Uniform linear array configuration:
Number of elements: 16
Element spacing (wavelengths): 1
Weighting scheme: cosine
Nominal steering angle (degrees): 45
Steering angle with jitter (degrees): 46.396
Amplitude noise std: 0.05
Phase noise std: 0.05

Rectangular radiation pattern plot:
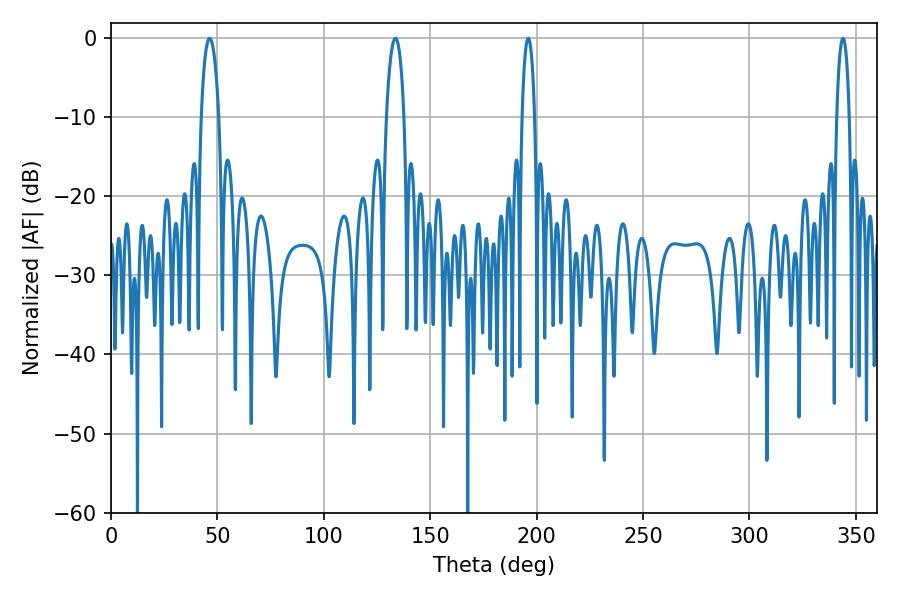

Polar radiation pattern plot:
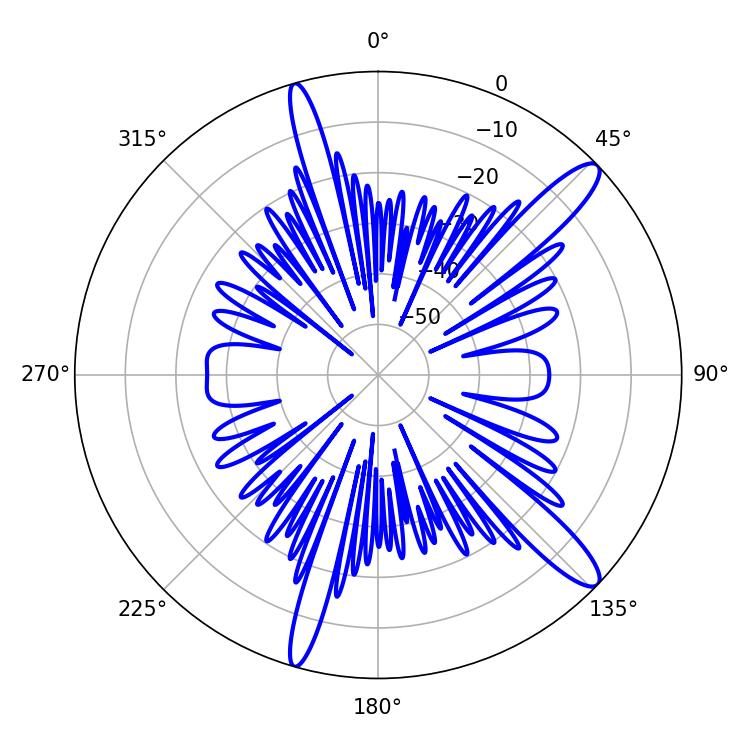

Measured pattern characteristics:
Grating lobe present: TRUE
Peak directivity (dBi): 13.253
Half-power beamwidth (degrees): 3.24
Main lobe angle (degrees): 196.02